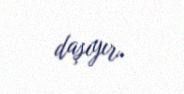
daşıyır.